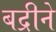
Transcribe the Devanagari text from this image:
बद्रीने